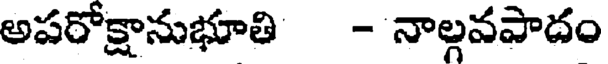
అపరోక్షానుభూతి - నాల్గవపాదం